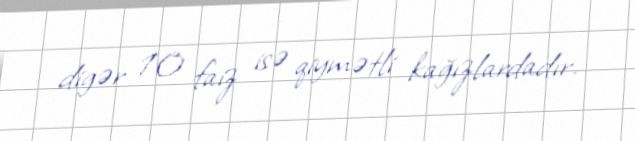
digər 10 faiz isə qiymətli kağızlardadır.